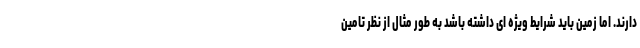
دارند. اما زمین باید شرایط ویژه ای داشته باشد به طور مثال از نظر تامین